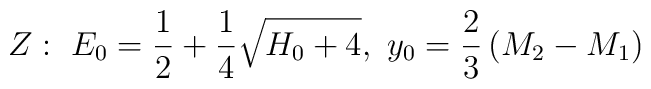
Z:~E_0={1\over 2}+{1\over 4}\sqrt{H_0+4},~y_0={2\over 3}\left(M_2-M_1\right)